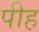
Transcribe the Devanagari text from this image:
पीह